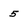
Character: 5